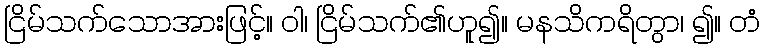
ငြိမ်သက်သောအားဖြင့်။ ဝါ၊ ငြိမ်သက်၏ဟူ၍။ မနသိကရိတွာ၊ ၍။ တံ